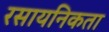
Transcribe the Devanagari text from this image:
रसायनिकता